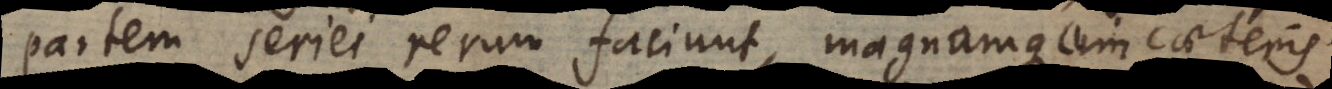
partem seriei rerum faciunt, magnamque cum caeteris